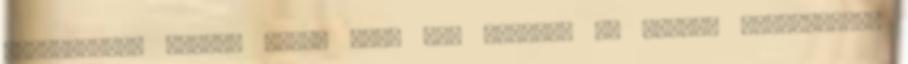
leállítani, hagyni magad után egy gödröt, és másutt újrakezdeni